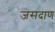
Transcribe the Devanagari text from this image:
जसदाण